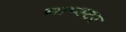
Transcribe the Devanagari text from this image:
नाप्स्टर